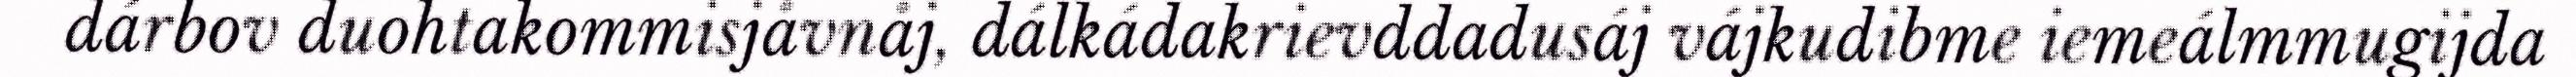
dárbov duohtakommisjåvnåj, dálkádakrievddadusáj vájkudibme iemeálmmugijda